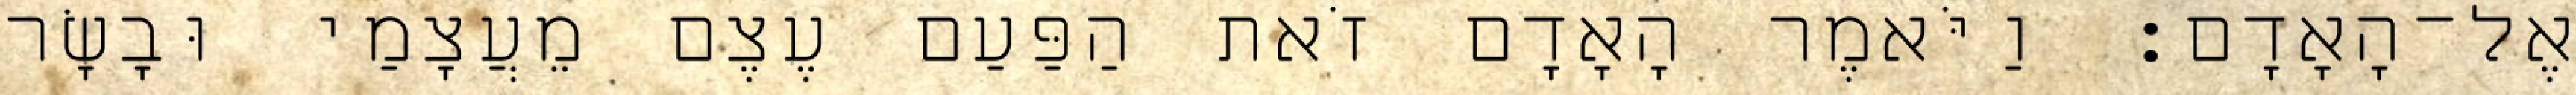
אֶל־הָאָדָם׃ וַיֹּאמֶר הָאָדָם זֹאת הַפַּעַם עֶצֶם מֵעֲצָמַי וּבָשָׂר